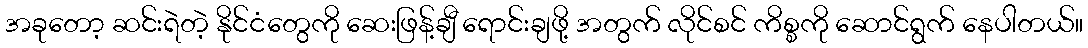
အခုတော့ ဆင်းရဲတဲ့ နိုင်ငံတွေကို ဆေးဖြန့်ချီ ရောင်းချဖို့ အတွက် လိုင်စင် ကိစ္စကို ဆောင်ရွက် နေပါတယ်။